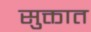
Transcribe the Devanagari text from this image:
सुक्तात